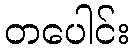
တပေါင်း